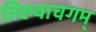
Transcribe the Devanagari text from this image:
तिरुवाचगम्‌